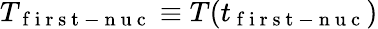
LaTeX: T_{\mathrm{~f~i~r~s~t~-~n~u~c~}}\equiv T(t_{\mathrm{~f~i~r~s~t~-~n~u~c~}})